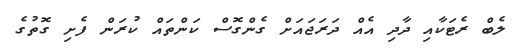
ލެބް ރެޓަކާއި ދާދި އެއް ދަރަޖައަށް ގެންގޮސް ކަންތައް ކުރަން ފެށި ގޮތުގެ